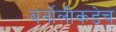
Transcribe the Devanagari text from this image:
बर्नोलीकडेच